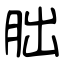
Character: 朏